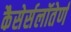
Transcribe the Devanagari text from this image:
कैसेर्सलॉतेर्ण